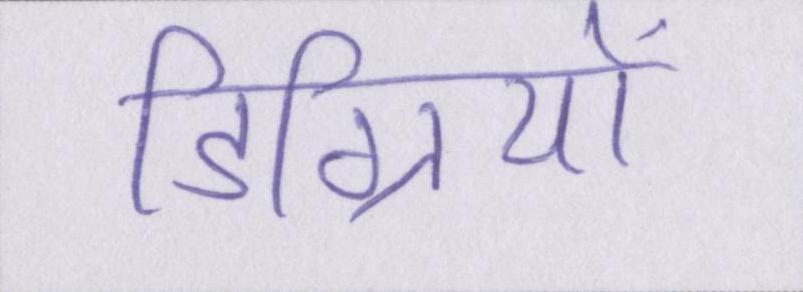
डिग्रियों